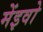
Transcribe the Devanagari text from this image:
मेंइवो